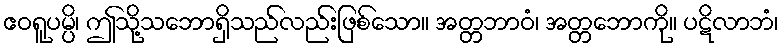
ဧဝရူပမ္ပိ၊ ဤသို့သဘောရှိသည်လည်းဖြစ်သော။ အတ္တဘာဝံ၊ အတ္တဘောကို။ ပဋိလာဘံ၊